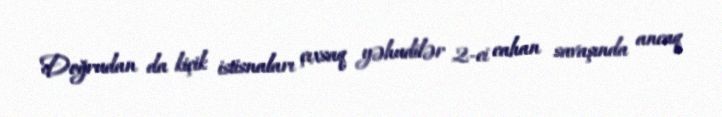
Doğrudan da kiçik istisnaları çıxsaq yəhudilər 2-ci cahan savaşında ancaq